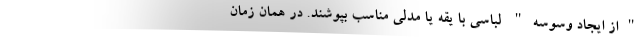
"از ایجاد وسوسه" لباسی با یقه یا مدلی مناسب بپوشند. در همان زمان